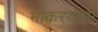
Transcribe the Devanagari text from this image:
भाकरवाडी